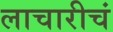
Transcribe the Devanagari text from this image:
लाचारीचं